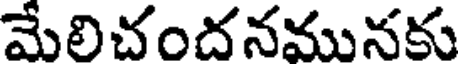
మేలిచందనమునకు